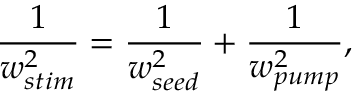
\frac { 1 } { w _ { s t i m } ^ { 2 } } = \frac { 1 } { w _ { s e e d } ^ { 2 } } + \frac { 1 } { w _ { p u m p } ^ { 2 } } ,